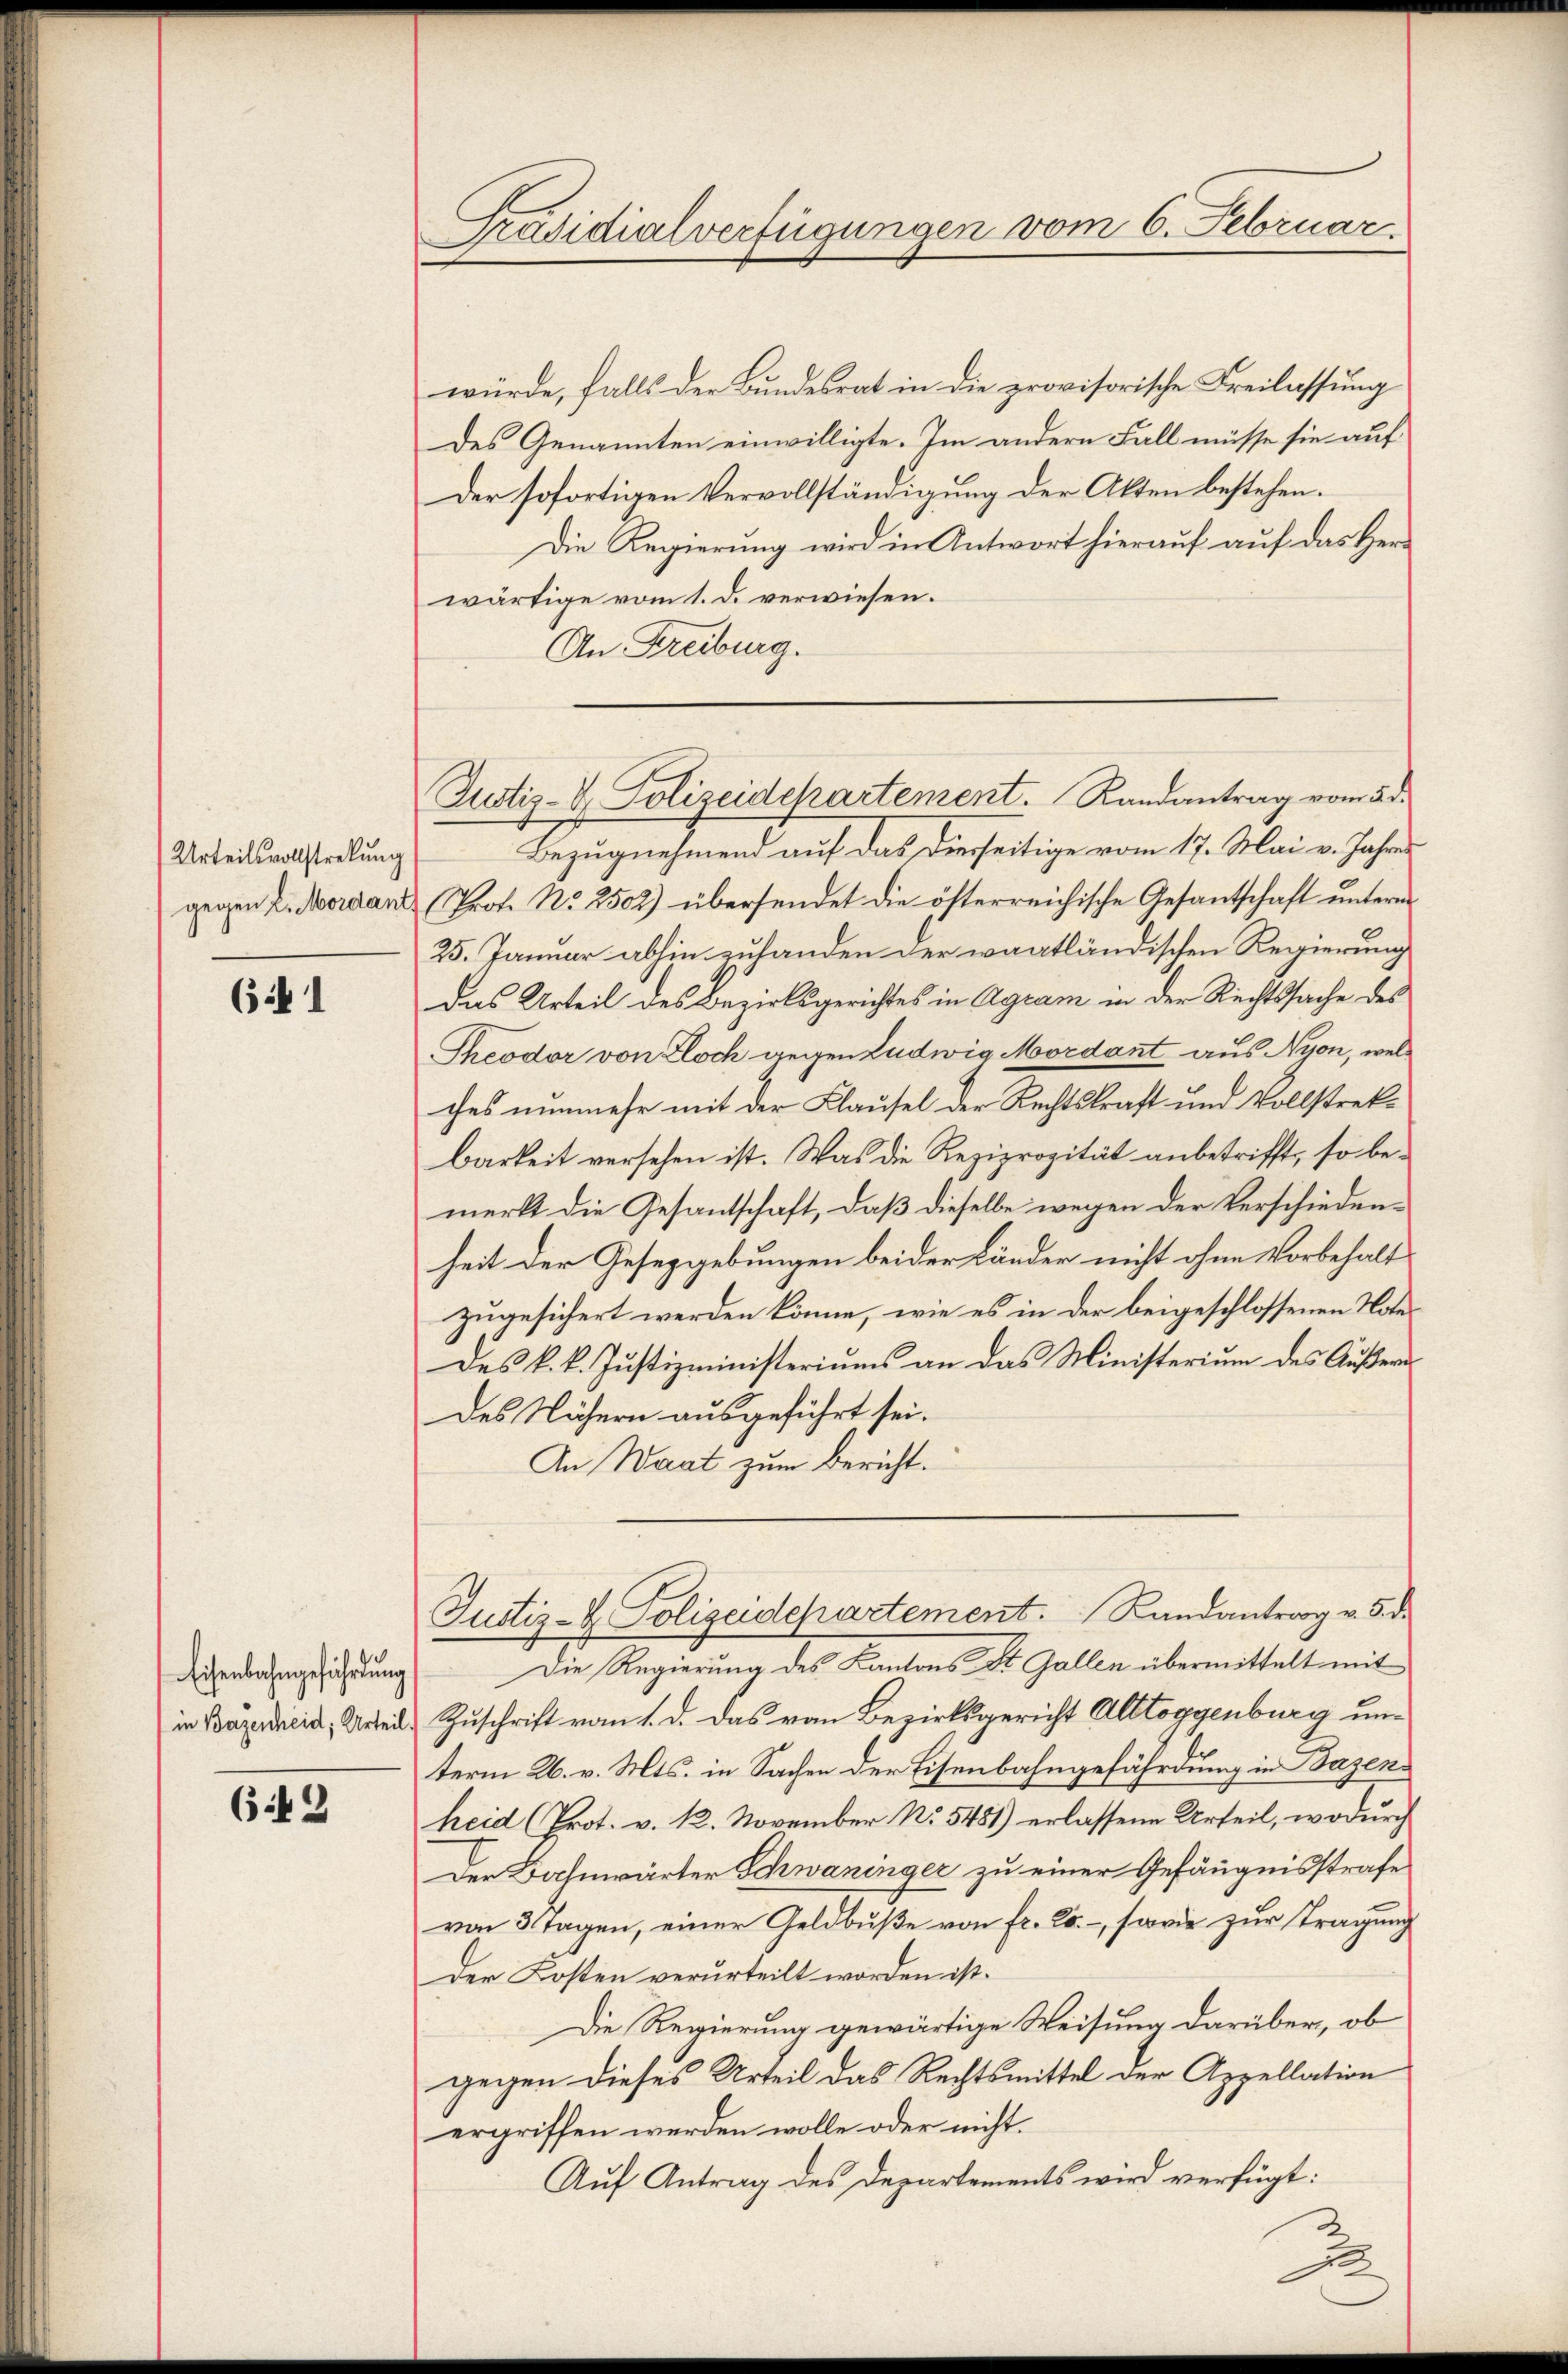
Urteilsvollstrebung
gegen 2. Mordan

(i 1

Eisenbahngeführung
in Bazenheid, Urteil

642

Präsidialverfügungen vom 6. Februar.

Justiz- & Polizeidchartement. Randantrag vom 23.

würde, falls der Bundesrat in die provisorische Freilassung
des Genannten einwilligte. Im andern Fall müsse sie auf
Der sofortigen Vervollständigung der Akten bestehen.
Die Regierung wird in Antwort hierauf auf das Herr
wärtige vom 1. d. verwiesen.
An Freiburg.
Bezugnehmend auf das diesseitige vom 17. Mai v. Jahres
Prote No 2502) übersendet die öfterreichische Gesantschaft unterm
25. Januar abhin zuhanden der wagtländischen Regierung
Das Urteil des Bezirksgerichtes in Agram in der Rechtssache des
Theodor von Zloch gegen Ludwig Mordant aus Nyon, welches nunmehr mit der Klausel der Rechtskraft und Vollstrekbarkeit versehen ist. Was die Reziprozität anbetrifft, so bemerkt die Gesantschaft, daß dieselbe wegen der Verschiedenheit der Gesetzgebungen beider Länder nicht ohne Vorbehalt
zugesichert werden könne, wie es in der beigeschlossenen Noter
des k. k. Justizministeriums an das Ministerium des Äußern
des Nähern ausgeführt sei.
An Waat zum Bericht.
Justiz- & Polizeidepartement. Randantrag v. 5. d.
Die Regierung des Kantons St. Gallen übermittelt mit
Zuschrift vom 1. d. das von Bezirksgericht Alltoggenburg unterm 26. v. Mts. in Sachen der Eisenbahngefährdung in Bazenheid (Prot. v. 12. November No. 5451) erlassene Urteil, wodurch
Der Bahnwärter Schwaninger zu einer Gefängnisstrafe
von 3 Tagen, einer Geldbuße von fr. 25. –, sowie zur Tragung
der Kosten verurteilt worden ist.
Die Regierung gewärtige Weisung darüber, ob
gegen dieses Urteil das Rechtsmittel der Appellation
ergriffen werden wolle oder nicht.
Auf Antrag des Departements wird verfügt:

2